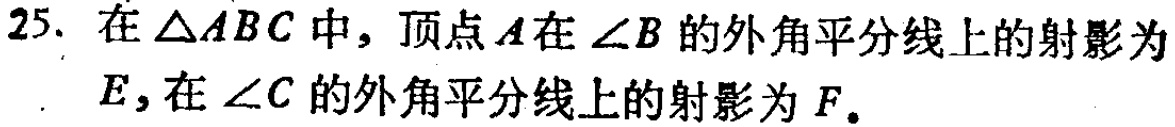
25. 在$\triangle ABC$中，顶点$A$在$\angle B$的外角平分线上的射影为$E$，在$\angle C$的外角平分线上的射影为$F$。